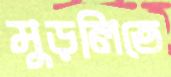
মুড়লিতে